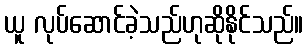
ယူ လုပ်ဆောင်ခဲ့သည်ဟုဆိုနိုင်သည်။